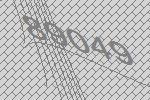
89049